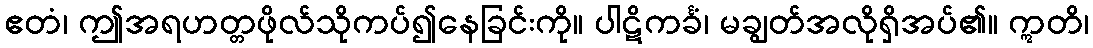
ဧတံ၊ ဤအရဟတ္တဖိုလ်သိုကပ်၍နေခြင်းကို။ ပါဋိကင်္ခံ၊ မချွတ်အလိုရှိအပ်၏။ ဣတိ၊